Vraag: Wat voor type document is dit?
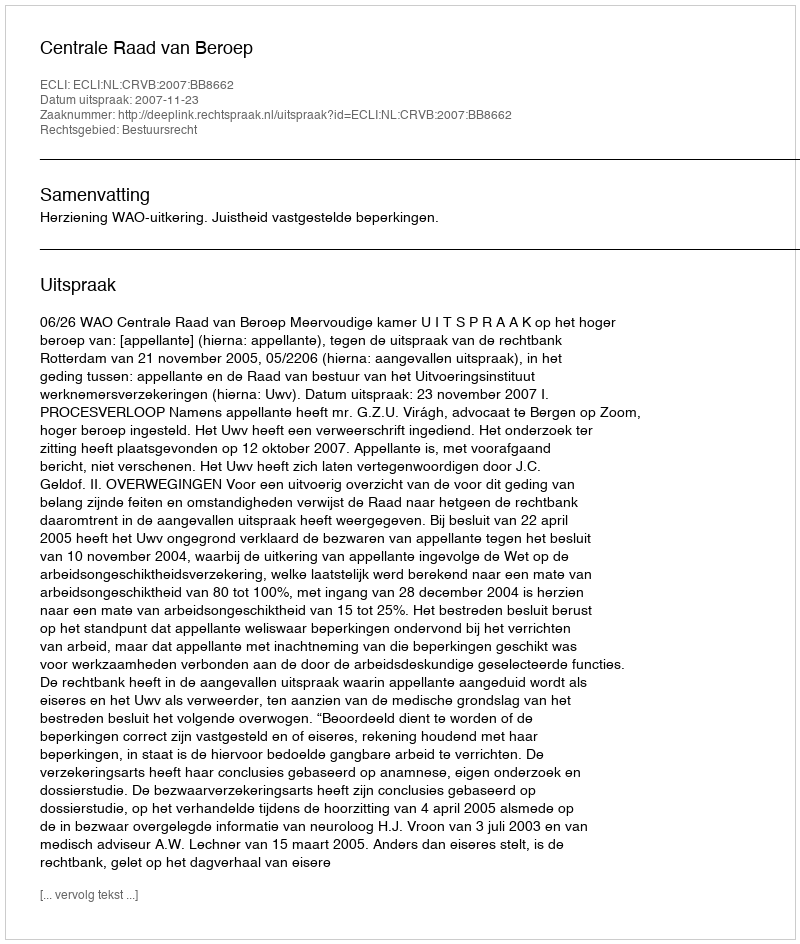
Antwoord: Uitspraak